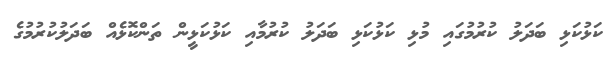
ކަޅުކަޅި ބަދަލު ކުރުމުގައި މުޅި ކަޅުކަޅި ބަދަލު ކުރުމާއި ކަޅުކަޅީން ތަންކޮޅެއް ބަދަލުކުރުމުގެ